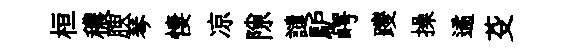
桓穠腴琴悽凉隙譴馿崿躞操遹芟